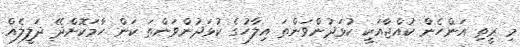
މި ރީތި އަންހެން ކުއްޖާއަކީ ކުޅަދުންވަންތަ އިލާހުގެ ކުޅަދުންވަންތަ ކަން ހާމަކޮށްދޭ ދަލީލެއް